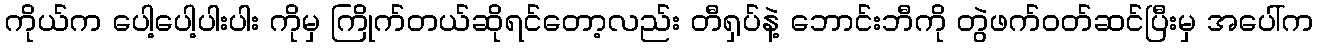
ကိုယ်က ပေါ့ပေါ့ပါးပါး ကိုမှ ကြိုက်တယ်ဆိုရင်တော့လည်း တီရှပ်နဲ့ ဘောင်းဘီကို တွဲဖက်ဝတ်ဆင်ပြီးမှ အပေါ်က